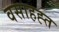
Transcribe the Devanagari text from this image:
वसाहह्त